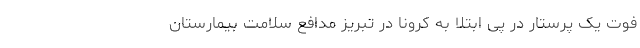
فوت یک پرستار در پی ابتلا به کرونا در تبریز مدافع سلامت بیمارستان